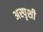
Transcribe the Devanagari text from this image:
अस्पृशी